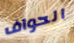
الحواف